Eesti_Vabariigi_Tartu_Ulikool, lk 13
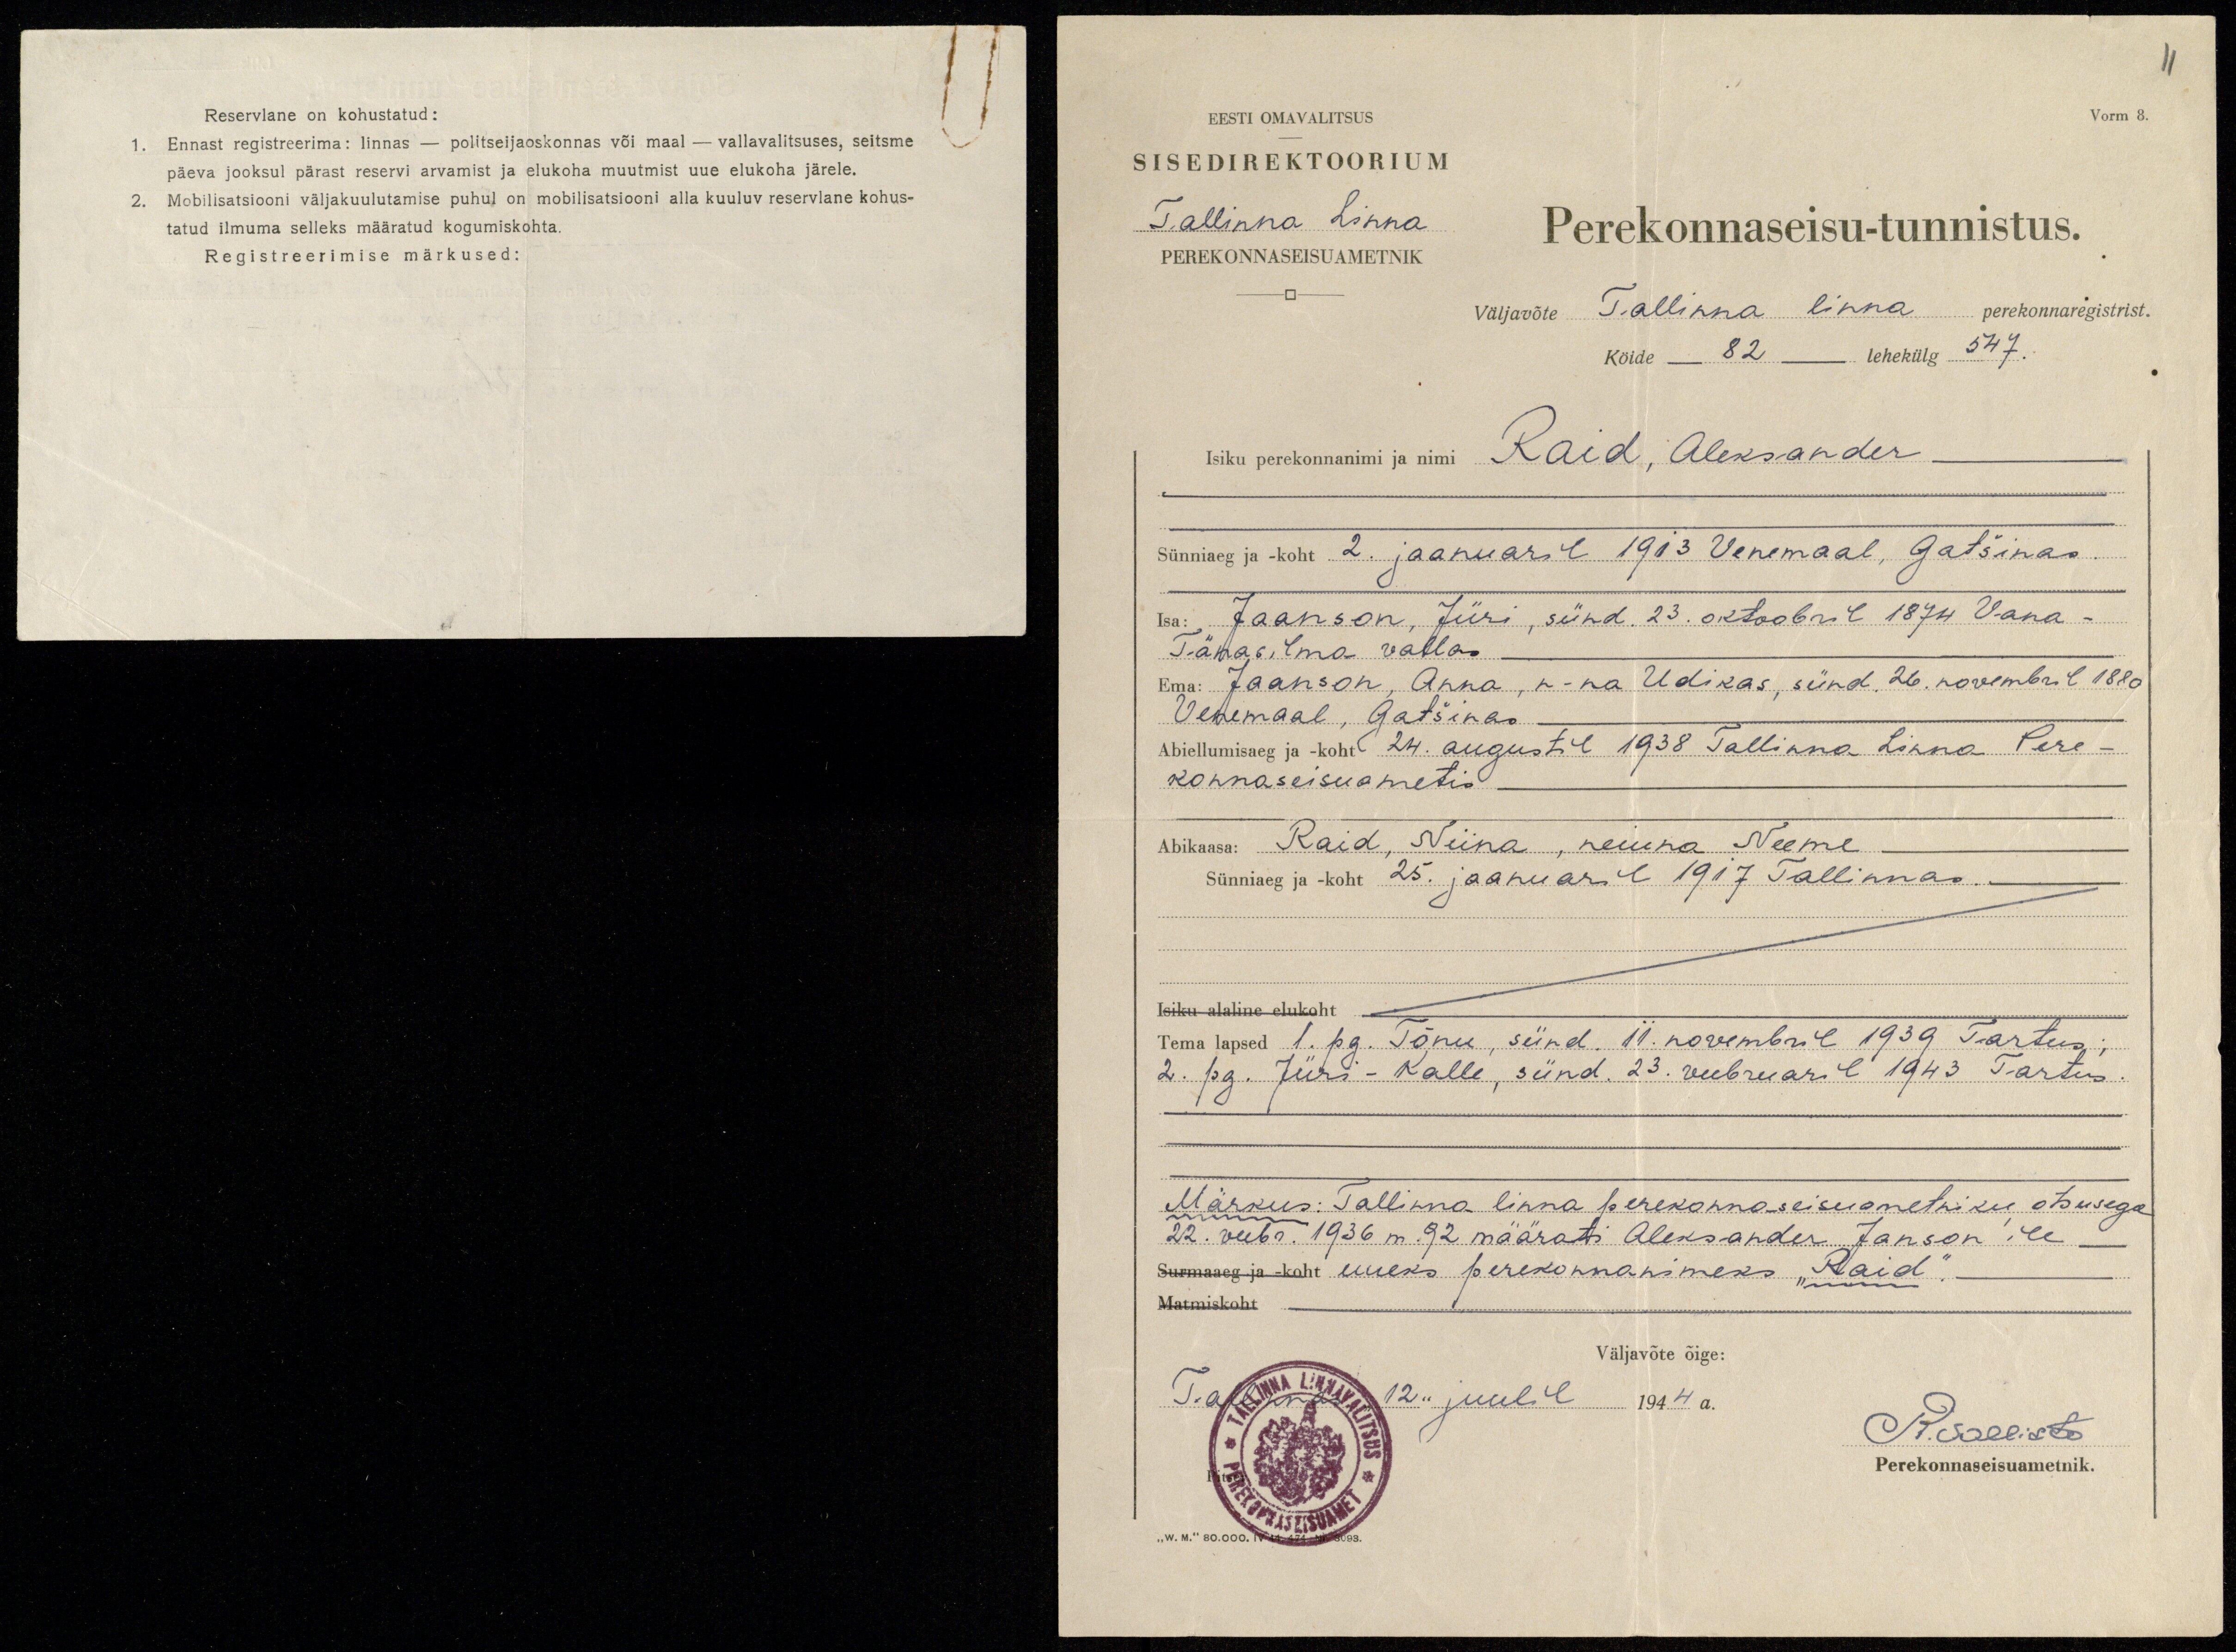
Reservlane on kohustatud:
Ennast registreerima: linnas - politseijaoskonnas või maal - vallavalitsuses, seitsme
päeva jooksul pärast reservi arvamist ja elukoha muutmist uue elukoha järele.
Mobilisatsiooni väljakuulutamise puhul on mobilisatsiooni alla kuuluv reservlane kohus-
tatud ilmuma selleks määratud kogumiskohta.
Registreerimise märkused:

11
Vorm 8.
EESTI OMAVALITSUS
SISEDIREKTOORIUM
Tallinna Linna
PEREKONNASEISUAMETNIK
Perekonnaseisu-tunnistus.
väljavõte Tallinna linna perekonnaregistrist.
Köide 82 lehekülg 547.
Isiku perekonnanimi ja nimi Raid, Aleksander
Sünniaeg ja - koht 2. jaanuaril 1913 Venemaal, Gatšinas.
Isa: Jaanson, Jüri, sünd. 23. oktoobril 1874 Vana-
Tänasilma vallas
Ema: Jaanson, Anna, n-na Udikas, sünd. 26. novembril 1880
Venemaal, Gatšinas
Abiellumisaeg ja -koht 24. augustil 1938 Tallinna Linna Pere-
konnaseisuametis
Abikaasa: Raid, Niina, neiuna Neeme
Sünniaeg ja - koht 25. jaanuaril 1917 Tallinnas.
Isiku alaline elukoht
Tema lapsed 1. pg. Tõnu, sünd. 11. novembril 1939 Tartus ;
2. pg. Jüri-Kalle, sünd. 23. veebruaril 1949 Tartus.
Märkus: Tallinna linna perekonnaseisuametniku otsusega
22. veebr. 1936 m. 92. määrati Aleksander Janson'ile
Surmaaeg ja koht uueks perekonnanimeks "Raid"
Matmiskoht
Väljavõte õige:
Tallinnas "12" juulil 1944 a.
R. Sallisto
Perekonnaseisuametnik.
"W.M." 80.000.